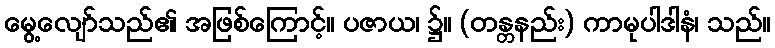
မွေ့လျော်သည်၏ အဖြစ်ကြောင့်။ ပဇာယ၊ ၌။ (တန္တနည်း) ကာမုပါဒါနံ၊ သည်။